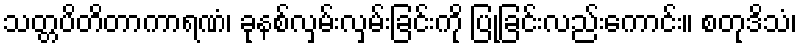
သတ္တပိတိတာကာရဏံ၊ ခုနစ်လှမ်းလှမ်းခြင်းကို ပြုခြင်းလည်းကောင်း။ စတုဒိသံ၊